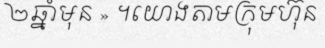
២ឆ្នាំមុន » ។យោងតាមក្រុមហ៊ុន